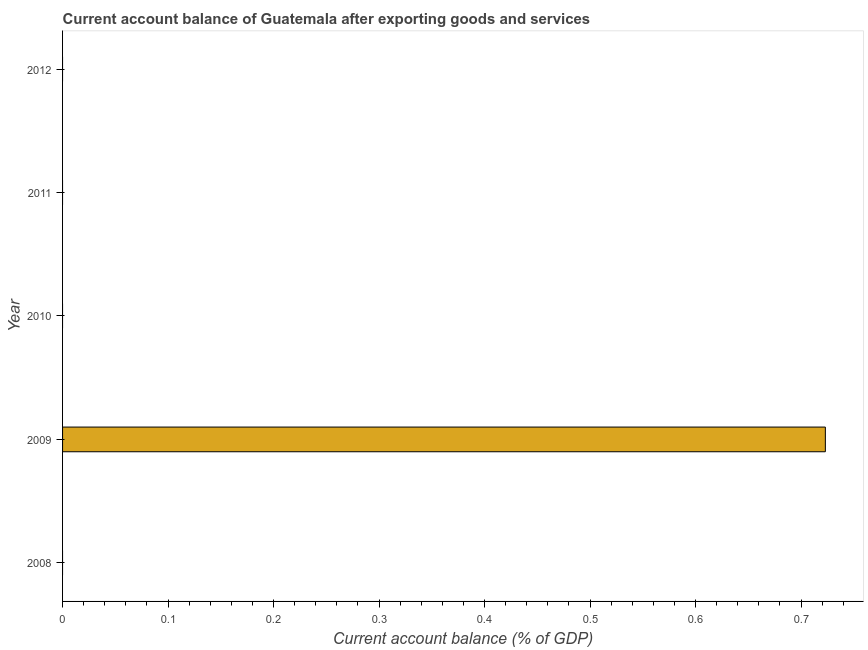
| Year | Current account balance |
 | --- | --- |
 | 2008 | -3.61 |
 | 2009 | 0.723 |
 | 2010 | -1.36 |
 | 2011 | -3.35 |
 | 2012 | -2.6 |